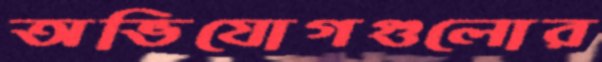
অভিযোগগুলোর